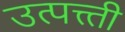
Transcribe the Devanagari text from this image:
उत्पत्त्ती